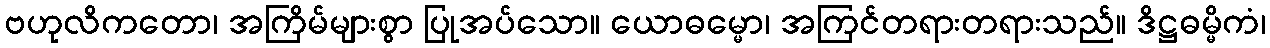
ဗဟုလိကတော၊ အကြိမ်များစွာ ပြုအပ်သော။ ယောဓမ္မော၊ အကြင်တရားတရားသည်။ ဒိဋ္ဌဓမ္မိကံ၊